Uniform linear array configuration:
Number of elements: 48
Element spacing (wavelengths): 0.5
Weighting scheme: blackman
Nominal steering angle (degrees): -30
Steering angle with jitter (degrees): -28.264
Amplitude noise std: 0.05
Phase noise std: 0.05

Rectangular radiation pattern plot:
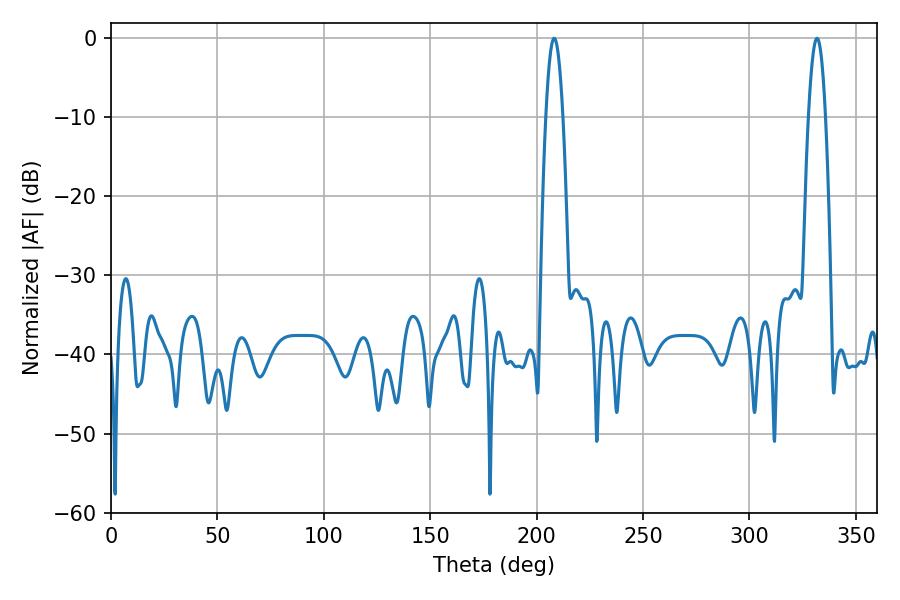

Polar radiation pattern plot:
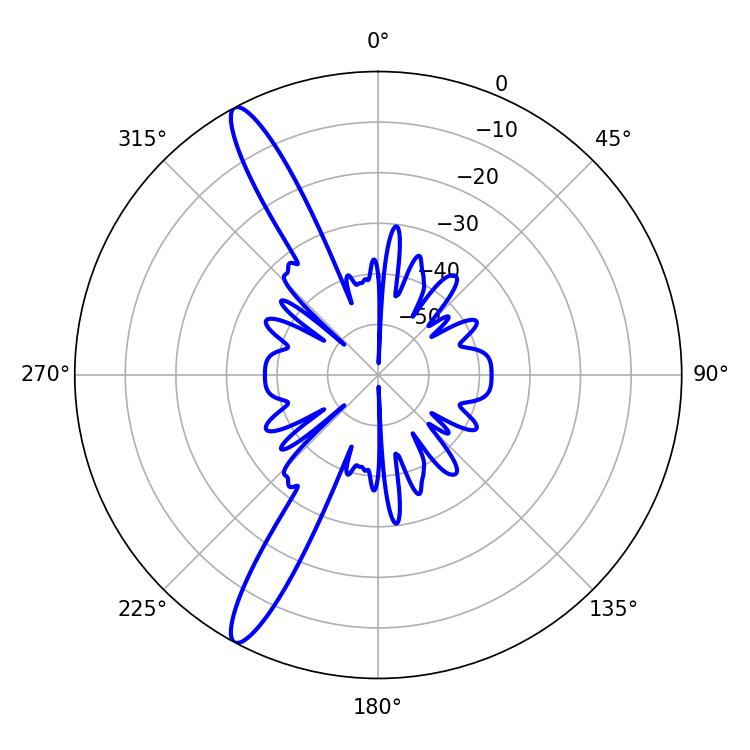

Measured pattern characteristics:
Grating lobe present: FALSE
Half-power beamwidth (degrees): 4.32
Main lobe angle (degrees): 208.26